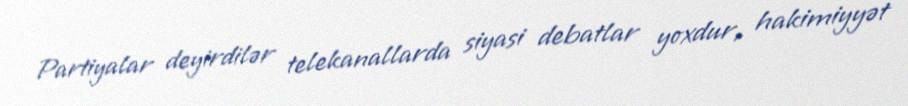
Partiyalar deyirdilər telekanallarda siyasi debatlar yoxdur, hakimiyyət